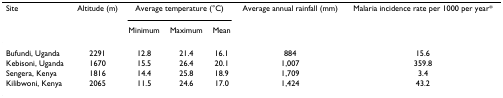
| Site | Altitude (m) | <COLSPAN=3> Average temperature (°C) | Average annual rainfall (mm) | Malaria incidence rate per 1000 per year* |
 |  |  | Minimum | Maximum | Mean |  |  |
 | --- | --- | --- | --- | --- | --- | --- |
 | Bufundi, Uganda | 2291 | 12.8 | 21.4 | 16.1 | 884 | 15.6 |
 | Kebisoni, Uganda | 1670 | 15.5 | 26.4 | 20.1 | 1,007 | 359.8 |
 | Sengera, Kenya | 1816 | 14.4 | 25.8 | 18.9 | 1,709 | 3.4 |
 | Kilibwoni, Kenya | 2065 | 11.5 | 24.6 | 17.0 | 1,424 | 43.2 |